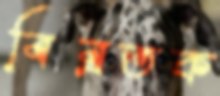
বিব্রতক